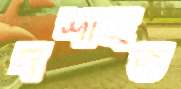
দর্শাইত